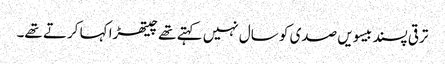
ترقی پسند بیسویں صدی کو سال نہیں کہتے تھے چیتھڑا کہا کرتے تھے۔